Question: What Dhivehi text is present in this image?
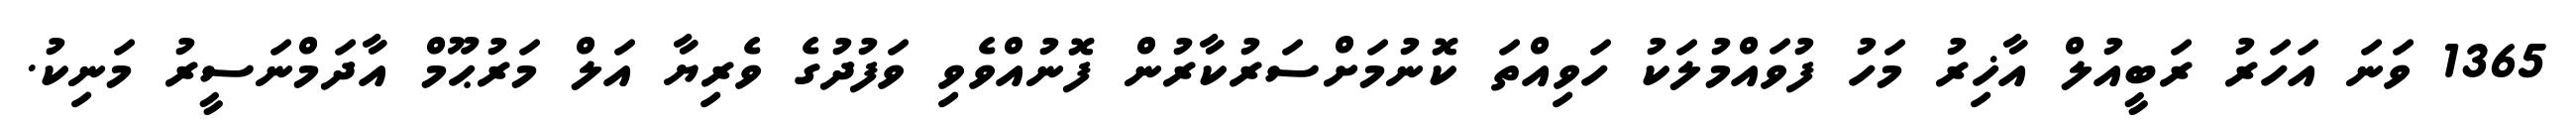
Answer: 1365 ވަނަ އަހަރު ރަބީއުލް އާޚިރު މަހު ފުވައްމުލަކު ހަވިއްތަ ކޮނުމަށްސަރުކާރުން ފޮނުއްވެވި ވަފުދުގެ ވެރިޔާ އަލް މަރުޙޫމް އާދަމްނަސީރު މަނިކު.